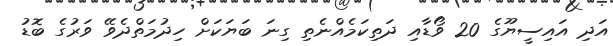
އަދި އައިސީޔޫގެ 20 ވޯޑާއި ދަތިކަމެއްނެތި ގިނަ ބަޔަކަށް ހިދުމަތްދެވޭ ވަރުގެ ބޮޑު